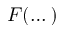
F ( \dots )